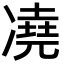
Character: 𪞭